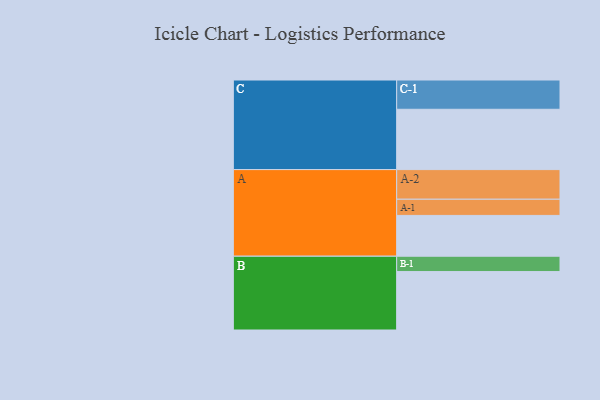
{"axis": {"x": "Segment", "y": "Value"}, "legend": ["", "A", "B", "C"], "data": [{"x": "A", "y": 343, "type": ""}, {"x": "B", "y": 491, "type": ""}, {"x": "C", "y": 507, "type": ""}, {"x": "A-1", "y": 136, "type": "A"}, {"x": "A-2", "y": 249, "type": "A"}, {"x": "B-1", "y": 129, "type": "B"}, {"x": "C-1", "y": 246, "type": "C"}]}